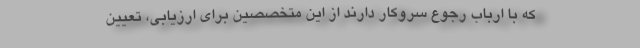
که با ارباب رجوع سروکار دارند از این متخصصین برای ارزیابی، تعیین